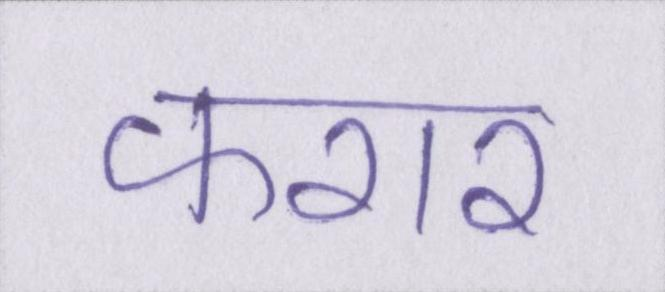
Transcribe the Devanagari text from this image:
फरार